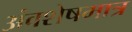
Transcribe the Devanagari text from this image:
अंवशेषमात्र